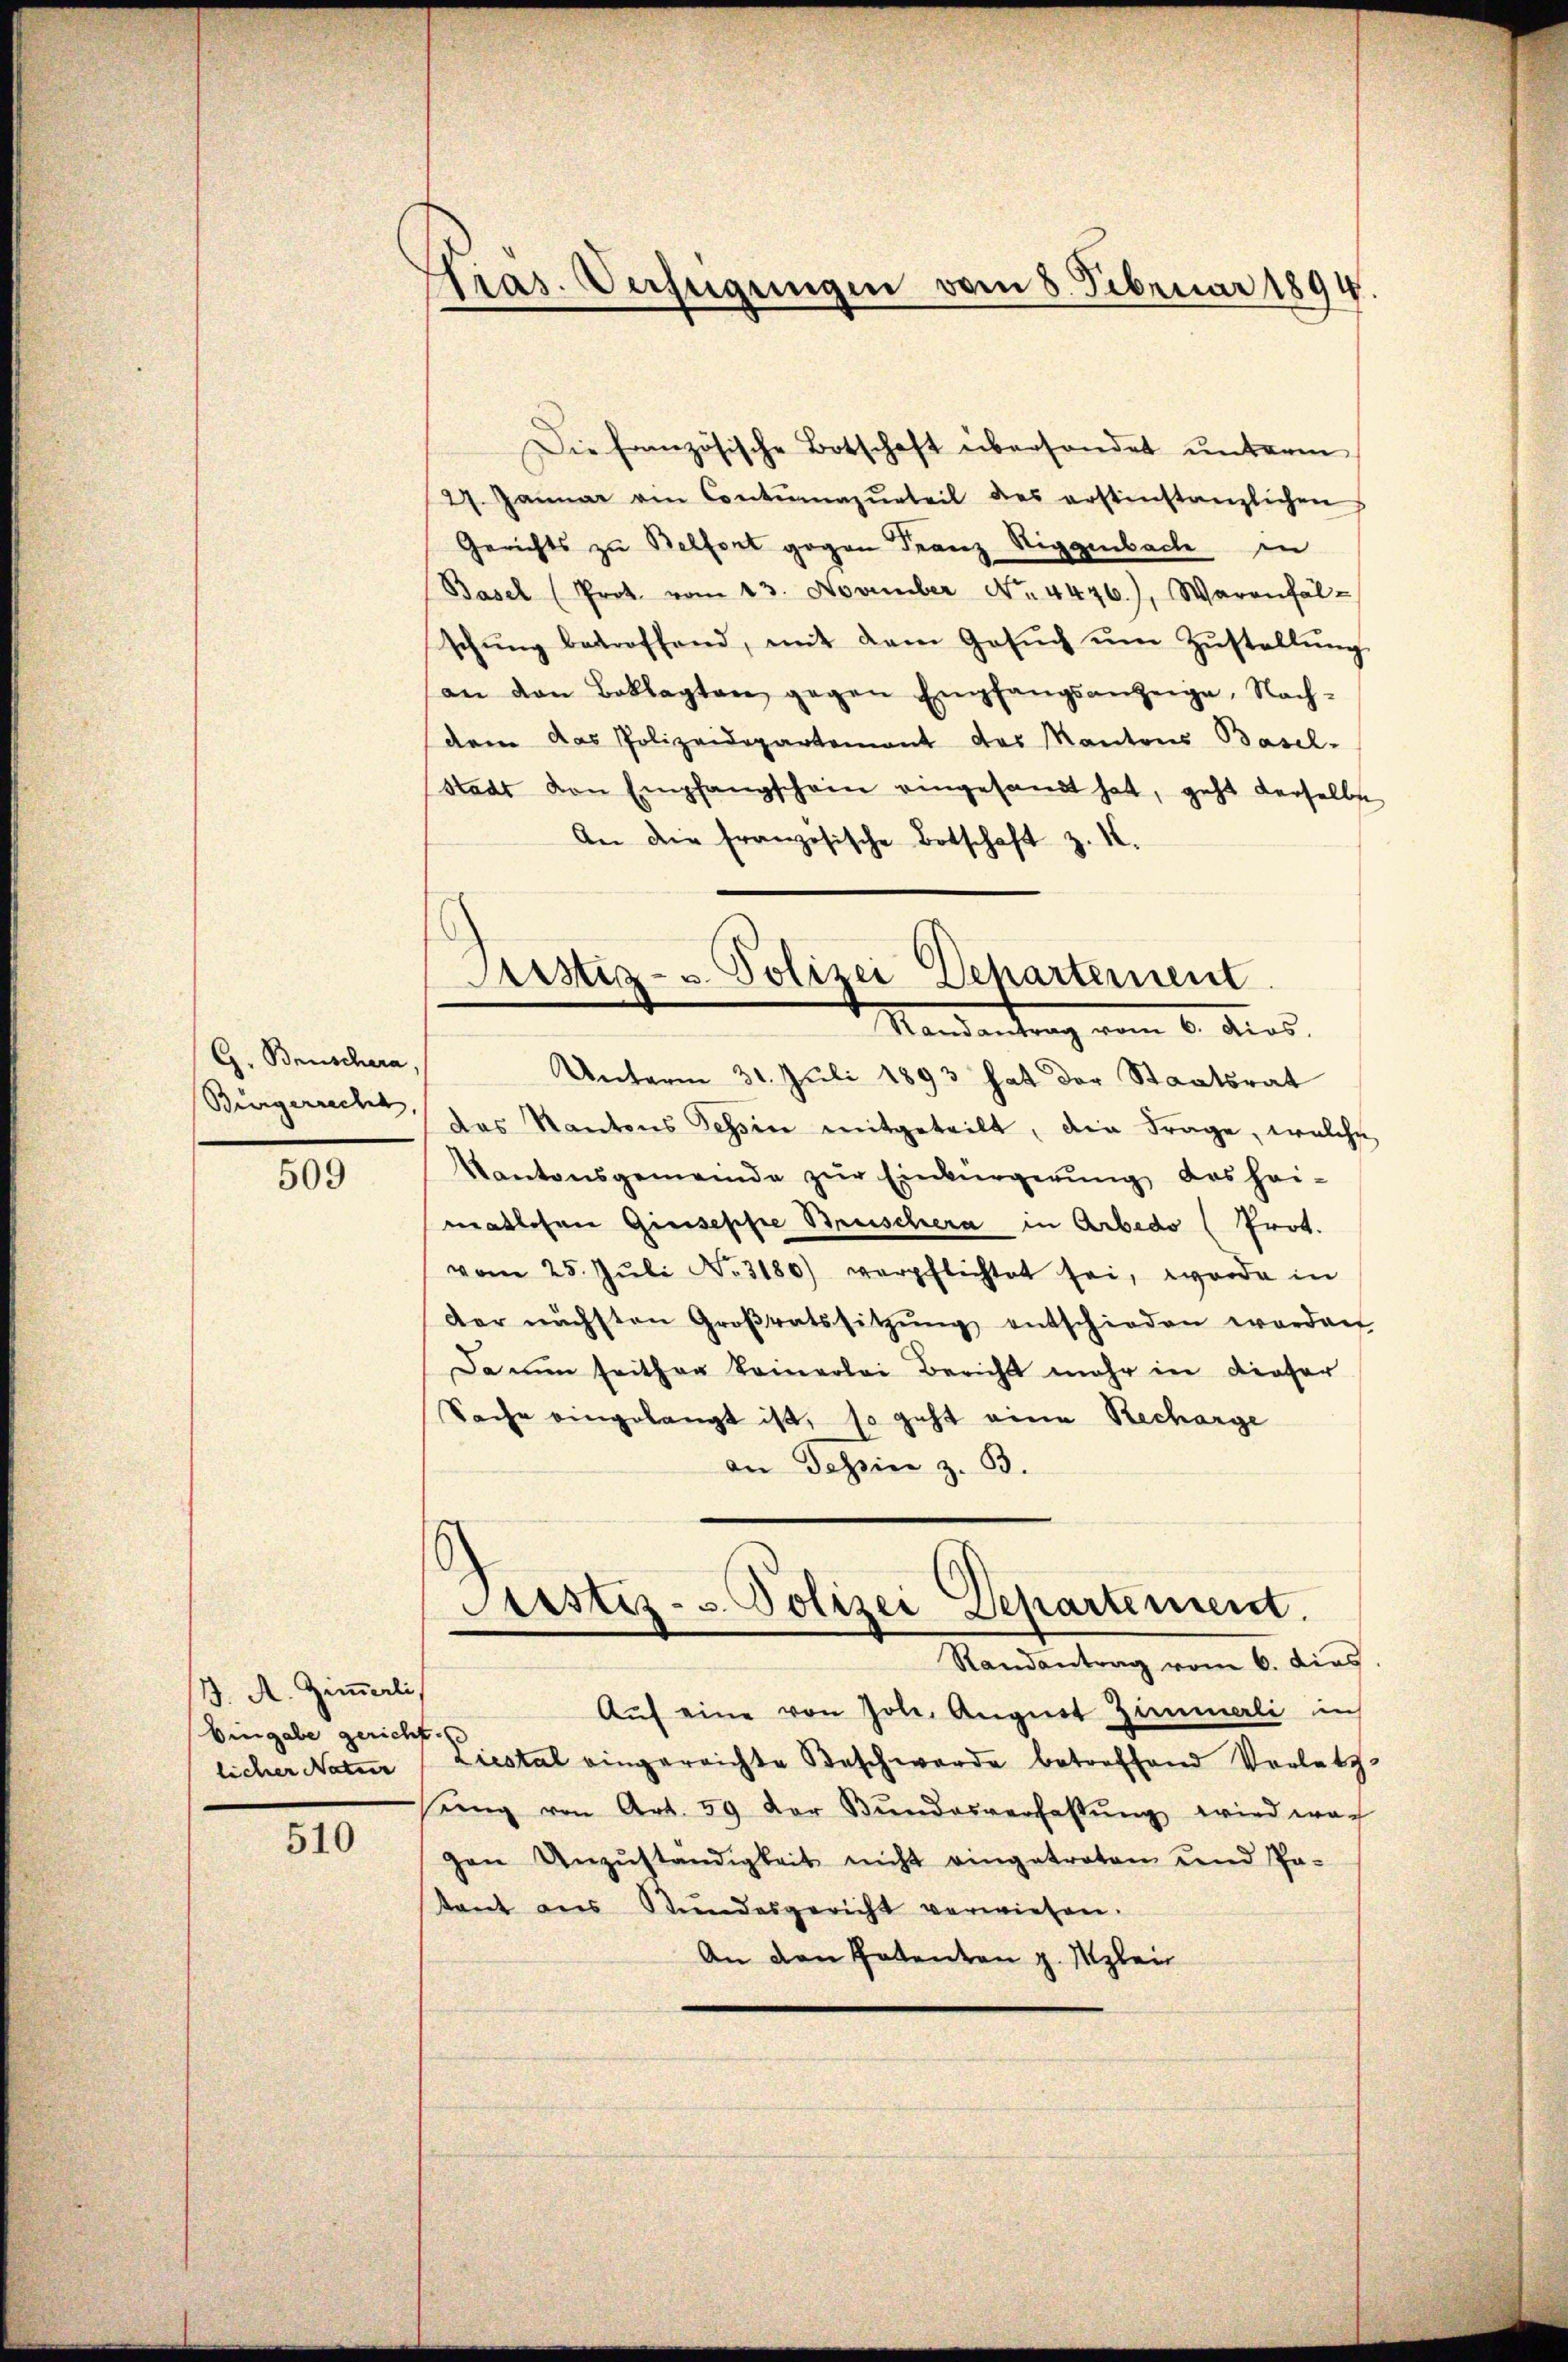
G. Brüschera,

509

J. A. Zimmerli
Eingabe gericht.
licher Natur

510

Kras. Verfügungen vom 8. Februar 1894

Die Französische Botschaft überhandet unterm
27. Januar ein Contŭrazŭrteil des erstinstanzlichen
Gerichts zu Belfort gegen Franz Niggenbache in
Basel (Prot. vom 13. November No. 4476.), Warenfäl-
schŭng betroffend, mit dem Gesŭch ŭm Zŭstellŭng
an den Beklagten gegen Empfangsanzeige, Nach-
dem das Polizeidepartement des Kantons Basel-
stadt von Empfangschein eingesandt hat, geht derselbst
An die französische Botschaft z. I.

Perstiz- u. Polizei Departement
Mandantrag vom 6. dies

Unterm 31. Juli 1893 hat der Staatsrat
Bürgericher das Kantons Tessin mitgeteilt, die Frage, welche
Kantonsgemeinde zŭr Einbürgerŭng, das hei-
matlosen Giuseppe Bruschera in Arbedo (Prot.
vom 25. Jŭli No 3180) verpflichtet sei, worde in
der nächsten Groβratssitzŭng entschieden worden
Da nun seither keinerlei Bericht mehr in dieser
Sache eingelangt ist, so geht eine Recharge
an Tessin z. B.

Aŭf eine von Joh. August Zimmerli in
Liestal eingereichte Beschwerde betreffend Vorletz
sŭng von Art. 59 der Bŭndesverfassŭng wird mach
gen Anzŭständigkeit nicht eingetreten und Pa-
kant aus Stundesgericht verwiesen.
An den Patenten z. Szlei

Pustiz- u. Polizei Departement.
Randantrag vom 6. dies